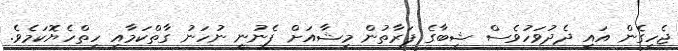
ޖެހިގެން އައި ދެދުވަހުވެސް ޝީބާގެ ފަރާތުން މިޝާއަށް ފެނުނީ ނުހަނު ގާތްކަމާއި ހިތްހެޔޮކަމެވެ.